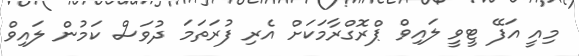
މިއީ އަފޭ ޓީވީ ލައިވް ޕްރޮގްރާމަކަށް އެރި ފުރަތަމަ ދުވަސް ކަމުން ލައިވް